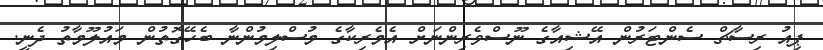
ޕިއު ރިސާޗް ސެންޓަރުން އޭޝިއާގެ ނޫސްވެރިންނަށް އެމެރިކާގެ މުސްލިމުންނާ ބެހޭގޮތުން މައުލޫމާތު ދެނީ.